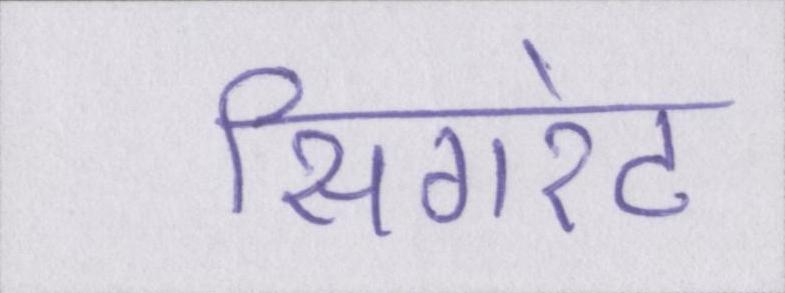
सिगरेट